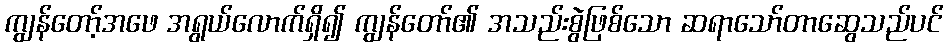
ကျွန်တော့်အဖေ အရွယ်လောက်ရှိ၍ ကျွန်တော်၏ အသည်းစွဲဖြစ်သော ဆရာသော်တာဆွေသည်ပင်